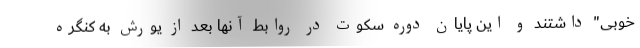
خوبی" داشتند و این پایان دوره سکوت در روابط آنها بعد از یورش به کنگره